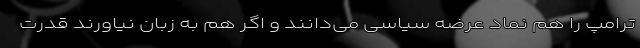
ترامپ را هم نماد عُرضه سیاسی می‌دانند و اگر هم به زبان نیاورند قدرت